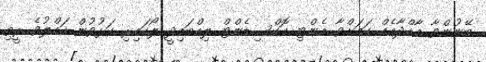
ބޭނުންވާ މާއްދާއެއް ކަމަށްވާ އެންޓި އޮކްސިޑެންޓް ލިއްބައިދީ ލޯކައިރި ކަޅުވުން ހައްލުވެ ރީތި